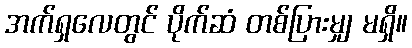
အက်ရှလေတွင် ပိုက်ဆံ တစ်ပြားမျှ မရှိ။